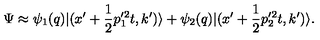
\Psi \approx \psi _ { 1 } ( q ) | ( x ^ { \prime } + { \frac { 1 } { 2 } } p _ { 1 } ^ { \prime 2 } t , k ^ { \prime } ) \rangle + \psi _ { 2 } ( q ) | ( x ^ { \prime } + { \frac { 1 } { 2 } } p _ { 2 } ^ { \prime 2 } t , k ^ { \prime } ) \rangle .